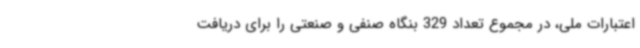
اعتبارات ملی، در مجموع تعداد 329 بنگاه صنفی و صنعتی را برای دریافت